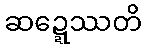
ဆဍ္ဍေဿတိ